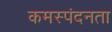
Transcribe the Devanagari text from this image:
कमस्पंदनता